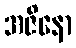
အဇိနော